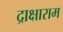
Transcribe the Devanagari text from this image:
द्राक्षाराम